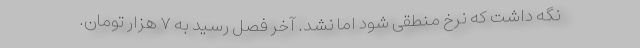
نگه‌ داشت که نرخ منطقی شود اما نشد. آخر فصل رسید به ۷ هزار تومان.